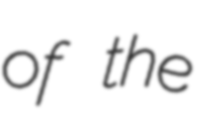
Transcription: of the